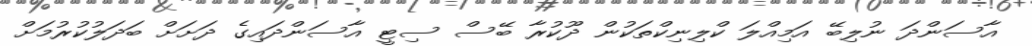
އާސަންދަ ނުލިބޭ އަމިއްލަ ކްލިނިކްތަކުން ދޫކުރާ ބޭސް ސިޓީ އާސަންދައިގެ ދަށަށް ބަދަލުކުރުމަށް